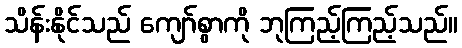
သိန်းနိုင်သည် ကျော်စွာကို ဘုကြည့်ကြည့်သည်။